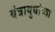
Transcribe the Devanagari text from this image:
यंत्रायुधांच्या